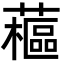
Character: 藲